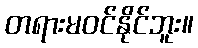
တရားမဝင်နိုင်ဘူး။